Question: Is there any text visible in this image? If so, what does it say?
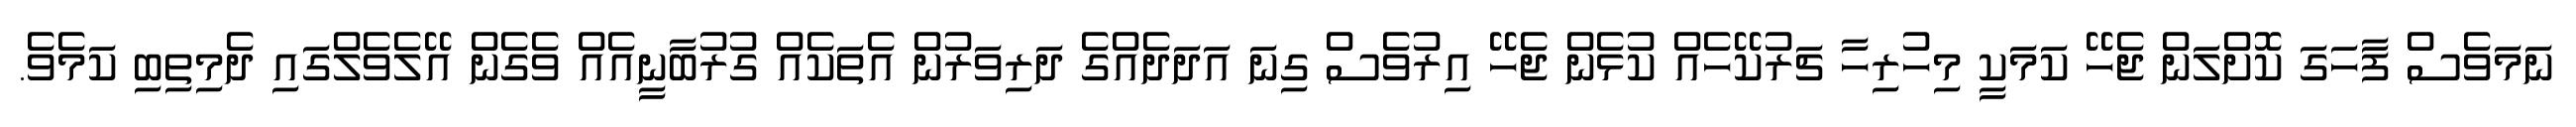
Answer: ނަމަވެސް ފާހަގަ ކޮށްލަން ޖެހޭ ކަމަކީ މިހުރިހާ ޗަރުކޭހެއް ކުޅެން ޖެހޭ އިރުވެސް ގިނަ އަދަދެއްގެ ދަރިވަރުން އެތަކެއް ގުރުބާނީއެއް ވެގެން އޭލެވެލްގައި ދެމިތިބި ކަމެވެ.